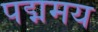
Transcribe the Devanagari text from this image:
पद्ममय